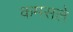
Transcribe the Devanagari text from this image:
कमसले